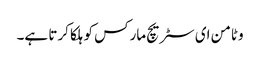
وٹامن ای سٹریچ مارکس کو ہلکا کرتا ہے۔